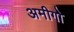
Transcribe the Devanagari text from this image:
अमीगो